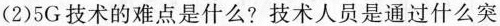
(2)5G技术的难点是什么?技术人员是通过什么突